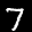
Label: 7